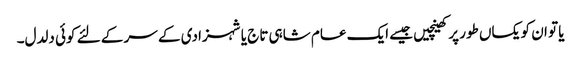
یا تو ان کو یکساں طور پر کھینچیں جیسے ایک عام شاہی تاج یا شہزادی کے سر کے لئے کوئی دلدل۔